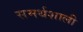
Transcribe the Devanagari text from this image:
समर्थशाली